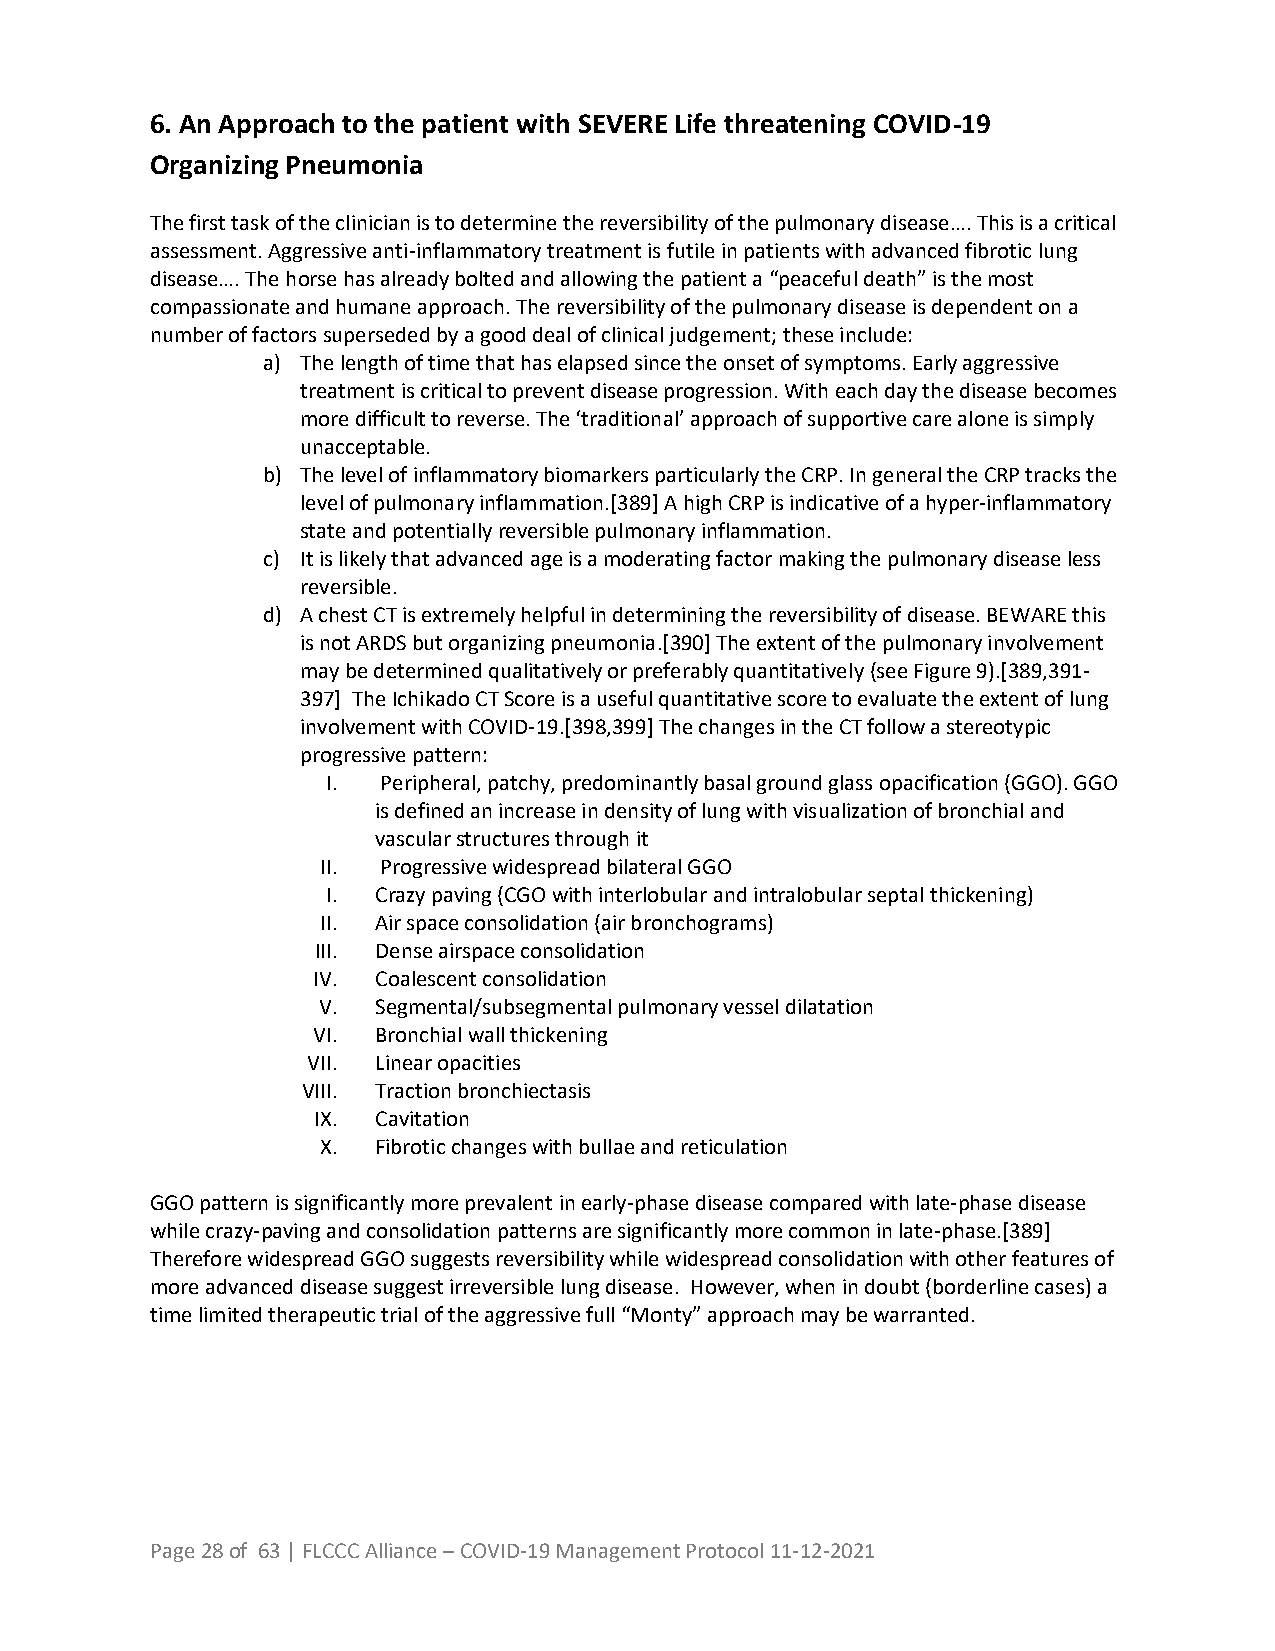
6. An Approach to the patient with SEVERE Life threatening COVID-19
 Organizing Pneumonia
 The first task of the clinician is to determine the reversibility of the pulmonary disease…. This is a critical
 assessment. Aggressive anti-inflammatory treatment is futile in patients with advanced fibrotic lung
 disease…. The horse has already bolted and allowing the patient a “peaceful death” is the most
 compassionate and humane approach. The reversibility of the pulmonary disease is dependent on a
 number of factors superseded by a good deal of clinical judgement; these include:
 a) The length of time that has elapsed since the onset of symptoms. Early aggressive
 treatment is critical to prevent disease progression. With each day the disease becomes
 more difficult to reverse. The ‘traditional’ approach of supportive care alone is simply
 unacceptable.
 b) The level of inflammatory biomarkers particularly the CRP. In general the CRP tracks the
 level of pulmonary inflammation.[389] A high CRP is indicative of a hyper-inflammatory
 state and potentially reversible pulmonary inflammation.
 c) It is likely that advanced age is a moderating factor making the pulmonary disease less
 reversible.
 d) A chest CT is extremely helpful in determining the reversibility of disease. BEWARE this
 is not ARDS but organizing pneumonia.[390] The extent of the pulmonary involvement
 may be determined qualitatively or preferably quantitatively (see Figure 9).[389,391-
 397] The Ichikado CT Score is a useful quantitative score to evaluate the extent of lung
 involvement with COVID-19.[398,399] The changes in the CT follow a stereotypic
 progressive pattern:
 I. Peripheral, patchy, predominantly basal ground glass opacification (GGO). GGO
 is defined an increase in density of lung with visualization of bronchial and
 vascular structures through it
 II. Progressive widespread bilateral GGO
 I. Crazy paving (CGO with interlobular and intralobular septal thickening)
 II. Air space consolidation (air bronchograms)
 III. Dense airspace consolidation
 IV. Coalescent consolidation
 V.  Segmental/subsegmental pulmonary vessel dilatation
 VI. Bronchial wall thickening
 VII. Linear opacities
 VIII. Traction bronchiectasis
 IX. Cavitation
 X.  Fibrotic changes with bullae and reticulation
 GGO pattern is significantly more prevalent in early-phase disease compared with late-phase disease
 while crazy-paving and consolidation patterns are significantly more common in late-phase.[389]
 Therefore widespread GGO suggests reversibility while widespread consolidation with other features of
 more advanced disease suggest irreversible lung disease. However, when in doubt (borderline cases) a
 time limited therapeutic trial of the aggressive full “Monty” approach may be warranted.
 Page 28 of 63 | FLCCC Alliance – COVID-19 Management Protocol 11-12-2021